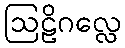
ဩဠိဂလ္လေ